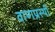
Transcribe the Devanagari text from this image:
वाणप्रस्थी